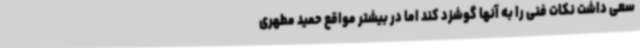
سعی داشت نکات فنی را به آنها گوشزد کند اما در بیشتر مواقع حمید مطهری